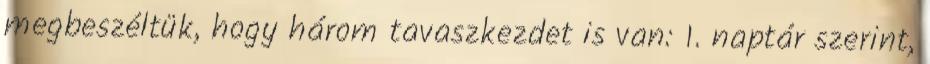
megbeszéltük, hogy három tavaszkezdet is van: 1. naptár szerint,